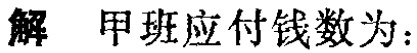
解 甲班应付钱数为：